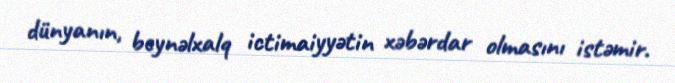
dünyanın, beynəlxalq ictimaiyyətin xəbərdar olmasını istəmir.